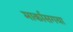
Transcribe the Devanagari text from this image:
मार्कासगया